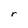
Character: r